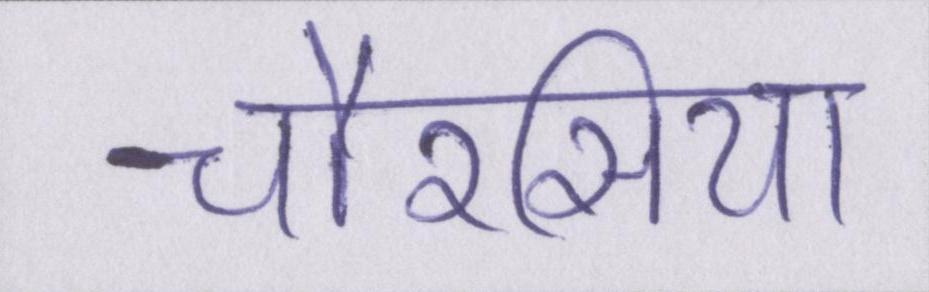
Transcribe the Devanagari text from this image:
चौरसिया